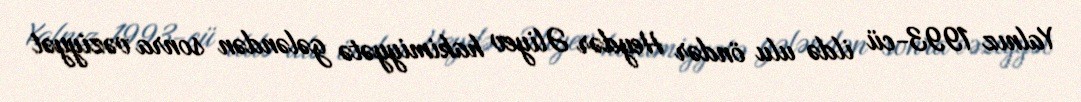
Yalnız 1993-cü ildə ulu öndər Heydər Əliyev hakimiyyətə gələndən sonra vəziyyət